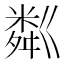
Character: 粼